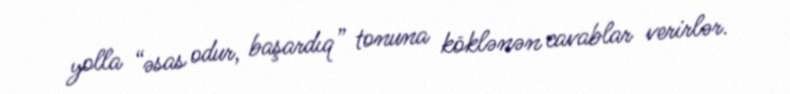
yolla “əsas odur, başardıq” tonuna köklənən cavablar verirlər.